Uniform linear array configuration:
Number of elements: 8
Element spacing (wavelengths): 0.25
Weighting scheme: uniform
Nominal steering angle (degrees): -60
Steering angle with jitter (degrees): -58.458
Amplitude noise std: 0.05
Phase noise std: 0.05

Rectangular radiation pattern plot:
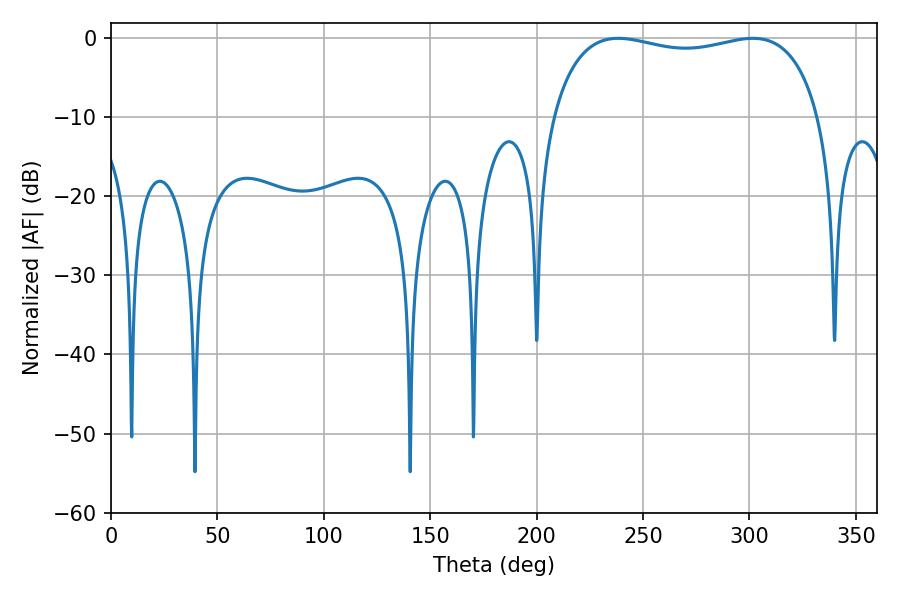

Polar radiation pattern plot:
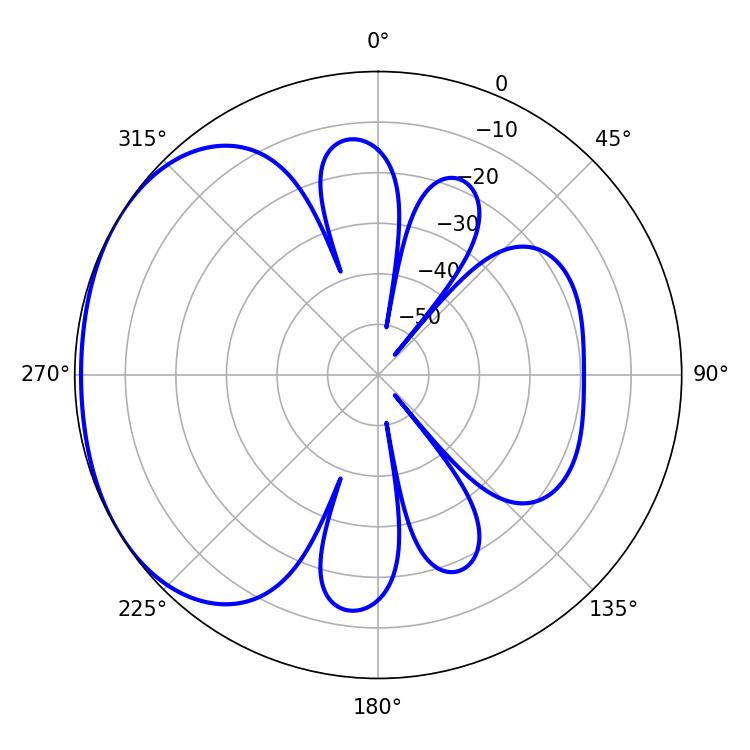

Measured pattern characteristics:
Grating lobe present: FALSE
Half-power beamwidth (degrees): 102.24
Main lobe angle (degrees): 238.32